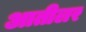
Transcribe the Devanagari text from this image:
आतीलर